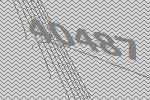
40487